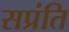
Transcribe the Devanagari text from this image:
सप्रंति